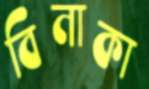
বিনাকা